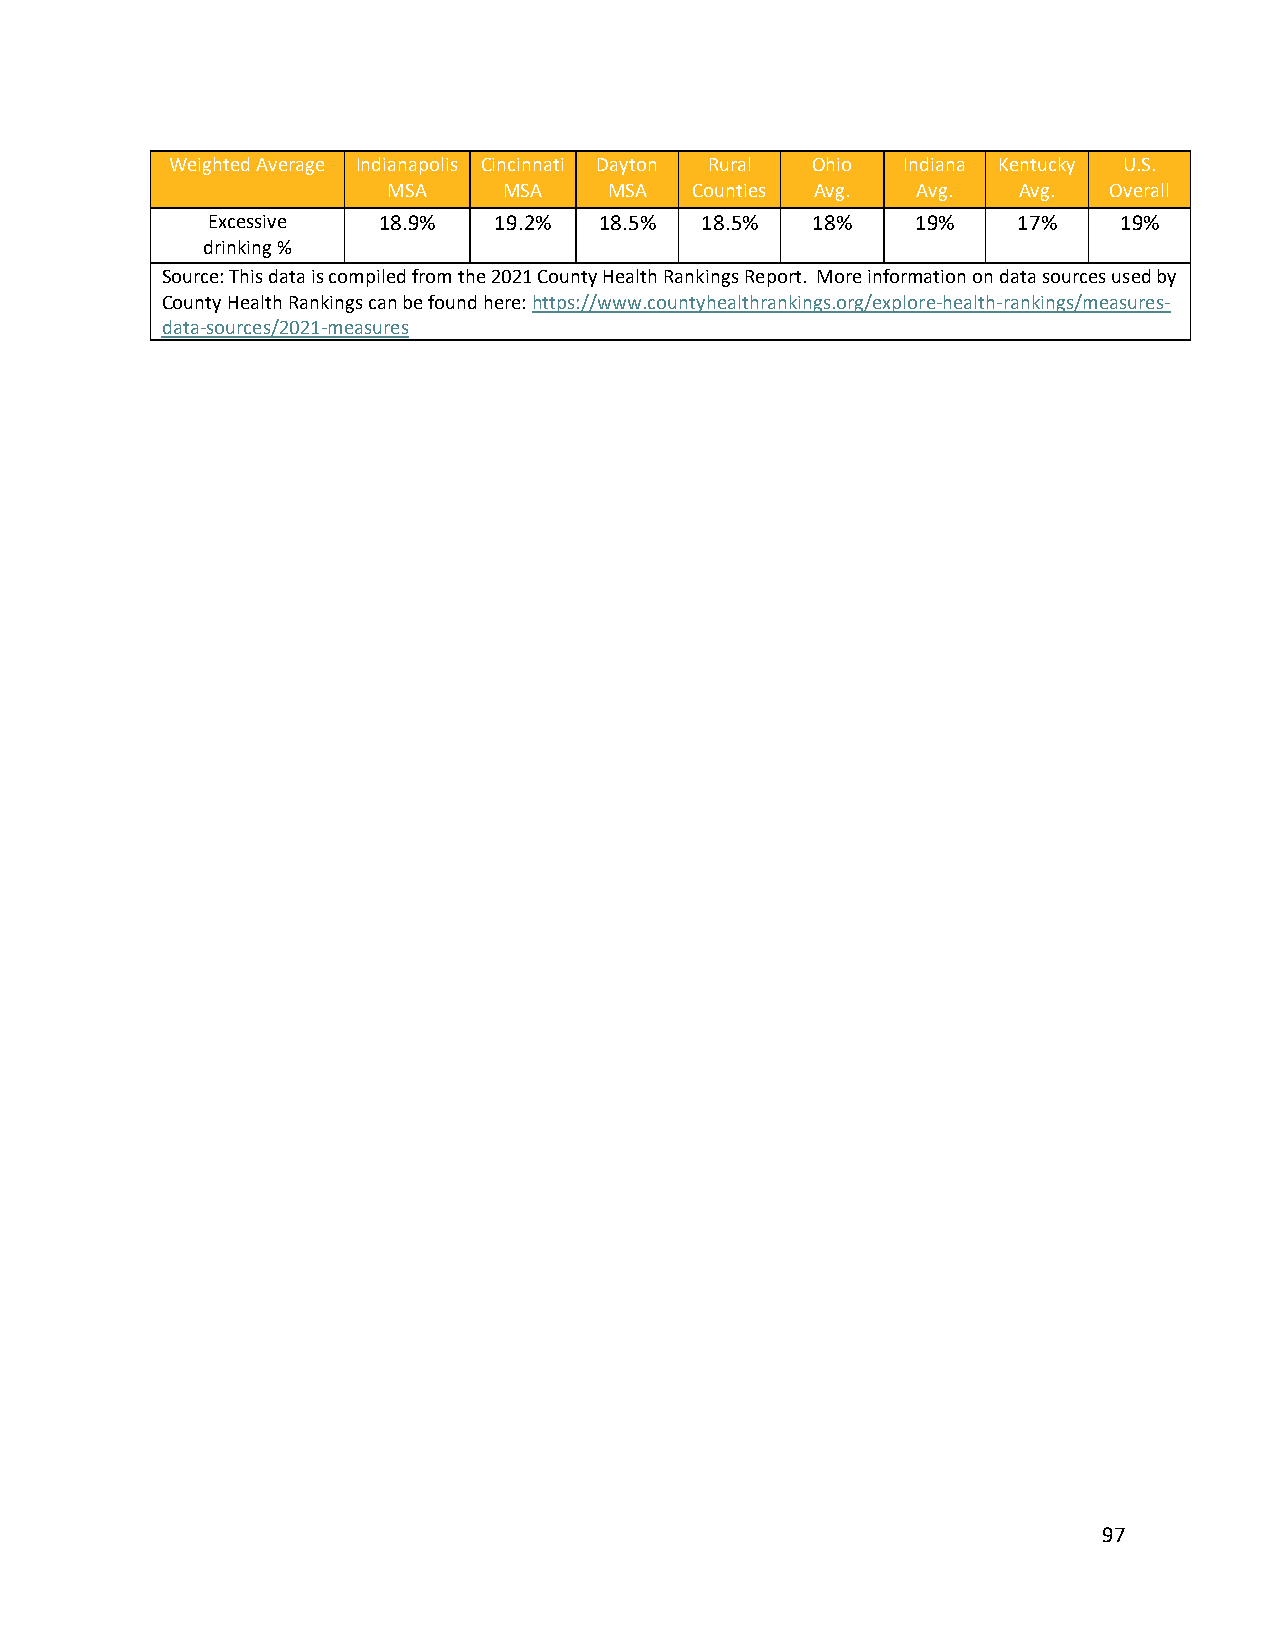
Weighted Average Indianapolis Cincinnati Dayton Rural Ohio Indiana Kentucky U.S.
 MSA    MSA    MSA   Counties Avg.  Avg.  Avg.  Overall
 Excessive  18.9%   19.2%  18.5% 18.5%   18%    19%   17%    19%
 drinking %
 Source: This data is compiled from the 2021 County Health Rankings Report. More information on data sources used by
 County Health Rankings can be found here: https://www.countyhealthrankings.org/explore-health-rankings/measures-
 data-sources/2021-measures
 97